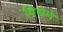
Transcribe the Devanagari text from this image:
विद्येने